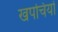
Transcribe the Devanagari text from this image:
खपचियों